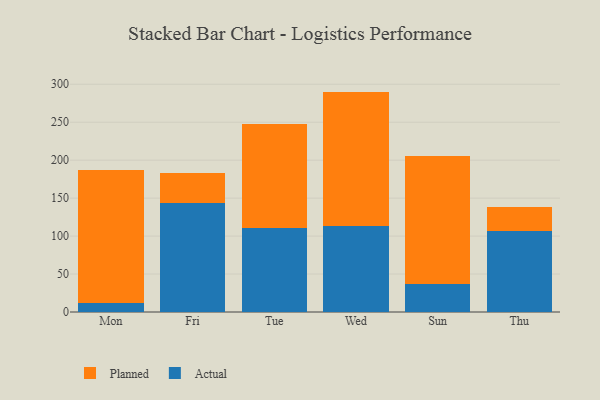
{"axis": {"x": "Day", "y": "Active Users"}, "legend": ["Actual", "Planned"], "data": [{"x": "Mon", "y": 11.8, "type": "Actual"}, {"x": "Mon", "y": 175.8, "type": "Planned"}, {"x": "Fri", "y": 143.6, "type": "Actual"}, {"x": "Fri", "y": 39.0, "type": "Planned"}, {"x": "Tue", "y": 110.2, "type": "Actual"}, {"x": "Tue", "y": 137.1, "type": "Planned"}, {"x": "Wed", "y": 113.0, "type": "Actual"}, {"x": "Wed", "y": 177.3, "type": "Planned"}, {"x": "Sun", "y": 36.4, "type": "Actual"}, {"x": "Sun", "y": 168.7, "type": "Planned"}, {"x": "Thu", "y": 106.7, "type": "Actual"}, {"x": "Thu", "y": 31.3, "type": "Planned"}]}